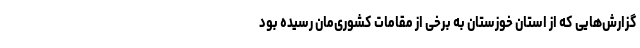
گزارش‌هایی که از استان خوزستان به برخی از مقامات کشوری‌مان رسیده بود